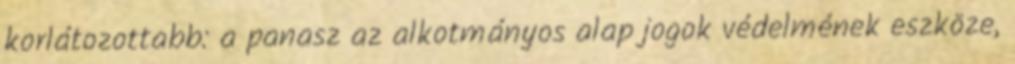
korlátozottabb: a panasz az alkotmányos alap jogok védelmének eszköze,